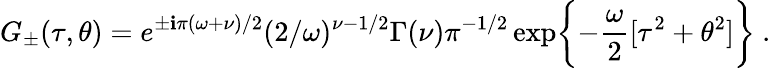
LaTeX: G_{\pm}(\tau,\theta)=e^{\pm\mathbf{i}\pi(\omega+\nu)/2}(2/\omega)^{\nu-1/2}\Gamma(\nu)\pi^{-1/2}\exp\biggl\{ -\frac{{\omega}}{{2}}[\tau^{2}+\theta^{2}]\biggr\} \ .